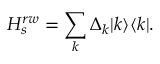
H _ { s } ^ { r w } = \sum _ { k } \Delta _ { k } | k \rangle \langle k | .